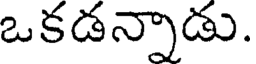
ఒకడన్నాడు.